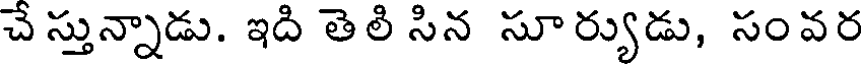
చే స్తున్నాడు. ఇది తెలి సిన సూ ర్యుడు, సంవర